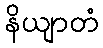
နိယျာတံ